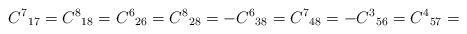
\begin{align*}{C^7}_{17}={C^8}_{18}={C^6}_{26}={C^8}_{28}=-{C^6}_{38}={C^7}_{48}=-{C^3}_{56}={C^4}_{57}=\end{align*}